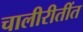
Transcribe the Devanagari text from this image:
चालीरीतींत